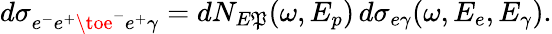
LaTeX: d\sigma_{e^{-}e^{+}\toe^{-}e^{+}\gamma}=dN_{E\mathfrak{P}}(\omega,E_{p})\, d\sigma_{e\gamma}(\omega,E_{e},E_{\gamma}).